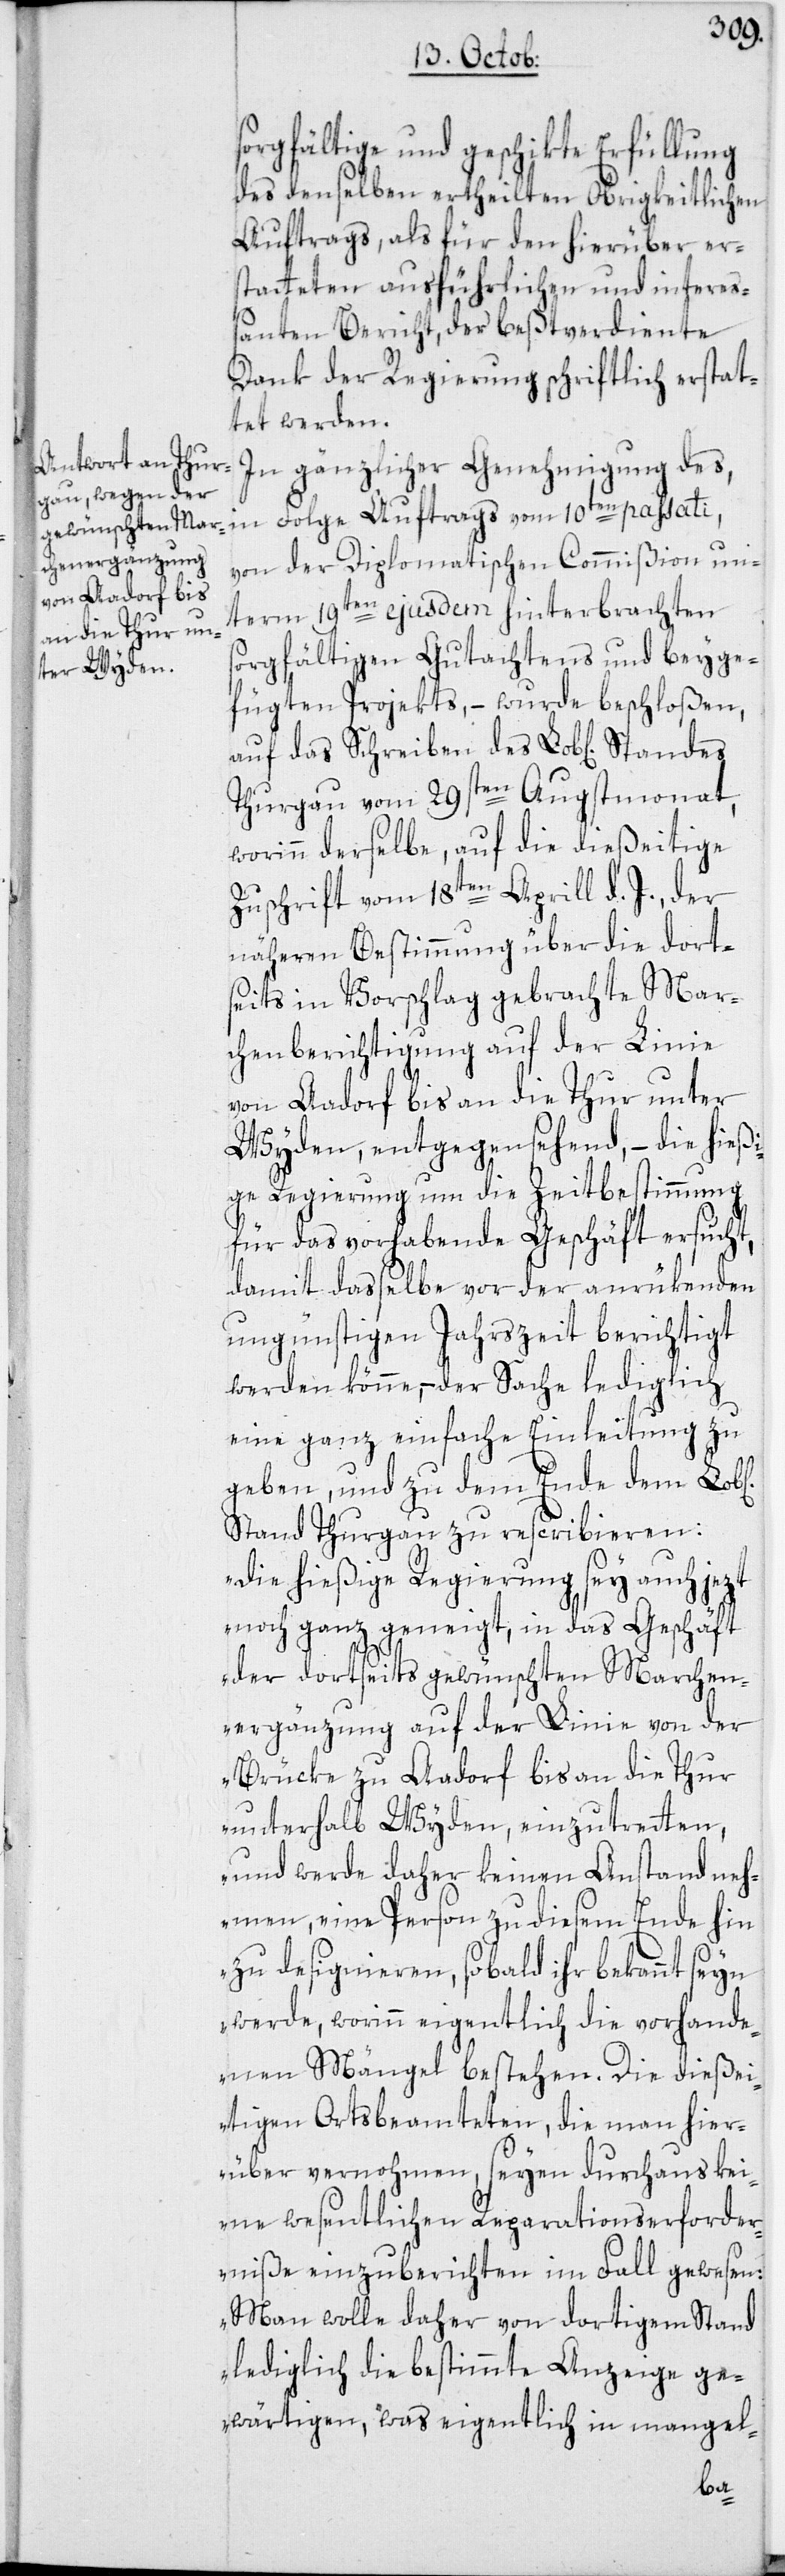
sorgfältige und geschikte Erfüllung
des denselben ertheilten Obrigkeitlichen
Auftrags, als für den hierüber er¬
statteten ausführlichen und interes¬
santen Bericht, der beßtverdiente
Dank der Regierung schriftlich erstat¬
tet werden.
In gänzlicher Genehmigung des,
in Folge Auftrags vom 10ten passati,
von der Diplomatischen Commißion un¬
term 19ten ejusdem hinterbrachten
sorgfältigen Gutachtens und beyge¬
fügten Projekts, – wurde beschloßen,
auf das Schreiben des Lob[lichen]
Thurgau vom 29sten Augstmonat,
worinn derselbe, auf die dießeitige
Zuschrift vom 18ten Aprill d. J., der
näheren Bestimmung über die dort¬
seits in Vorschlag gebrachte Mar¬
chenberichtigung auf der Linie
von Aadorf bis an die Thur unter
Wyden, entgegensehend, – die hieß¬
ige Regierung um die Zeitbestimmung
für das vorhabende Geschäft ersucht,
damit daßelbe vor der anrükenden
ungünstigen Jahrszeit berichtigt
werden könne, – der Sache lediglich
eine ganz einfache Einleitung zu
geben, und zu dem Ende dem Lob[l¬
Stand Thurgau zu rescribieren:
„Die hießige Regierung sey auch jezt
noch ganz geneigt, in das Geschäft
der dortseits gewünschten Marchen¬
ergänzung auf der Linie von der
Brücke zu Aadorf bis an die Thur
unterhalb Wyden, einzutretten,
und werde daher keinen Anstand neh¬
men, eine Person zu diesem Ende hin
zu designieren, sobald ihr bekannt seyn
werde, worinn eigentlich die vorhande¬
nen Mängel bestehen. Die dießei¬
tigen Ortsbeamteten, die man hier¬
über vernohmen, seyen durchaus kei¬
ne wesentlichen Reparationserforder¬
niße einzuberichten im Fall gewesen:
Man wolle daher von dortigem Stand
lediglich die bestimmte Anzeige ge¬
wärtigen, was eigentlich in mangel-
ichen]